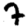
Digit: 7